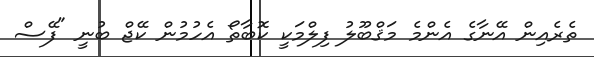
ތެރެއިން އޭނާގެ އެންމެ މަޤްބޫލު ފިލްމަކީ ކޮބާތޯ އެހުމުން ކޭޖް ބުނީ "ފޭސް